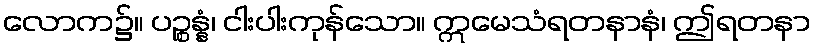
လောက၌။ ပဉ္စန္နံ၊ ငါးပါးကုန်သော။ ဣမေသံရတနာနံ၊ ဤရတနာ